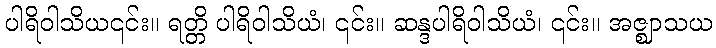
ပါရိဝါသိယ၎င်း။ ရတ္တိ ပါရိဝါသိယံ၊ ၎င်း။ ဆန္ဒပါရိဝါသိယံ၊ ၎င်း။ အဇ္ဈာသယ